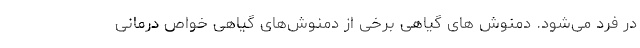
در فرد می‌شود. دمنوش های گیاهی برخی از دمنوش‌های گیاهی خواص درمانی